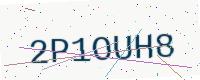
Text: 2P1OUH8